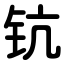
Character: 钪